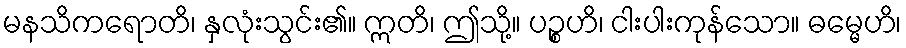
မနသိကရောတိ၊ နှလုံးသွင်း၏။ ဣတိ၊ ဤသို့။ ပဉ္စဟိ၊ ငါးပါးကုန်သော။ ဓမ္မေဟိ၊